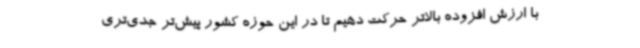
با ارزش افزوده بالاتر حرکت دهیم تا در این حوزه کشور پیش‌تر جدی‌تری